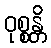
ဝုစ္စန္တိ